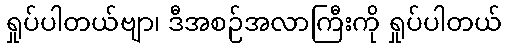
ရှုပ်ပါတယ်ဗျာ၊ ဒီအစဉ်အလာကြီးကို ရှုပ်ပါတယ်